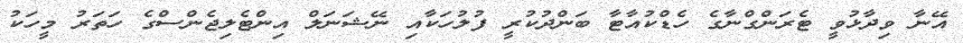
އޭނާ ވިދާޅުވީ ޓެރަންގްނާގެ ހެޑްކުއާޓާ ބަންދުކުރީ ފުލުހަކާއި ނޭޝަނަލް އިންޓެލިޖެންސްގެ ހަތަރު މީހަކު